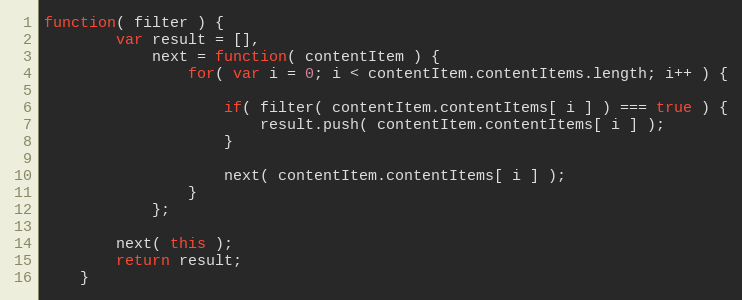
Language: JavaScript
function( filter ) {
		var result = [],
			next = function( contentItem ) {
				for( var i = 0; i < contentItem.contentItems.length; i++ ) {

					if( filter( contentItem.contentItems[ i ] ) === true ) {
						result.push( contentItem.contentItems[ i ] );
					}

					next( contentItem.contentItems[ i ] );
				}
			};

		next( this );
		return result;
	}